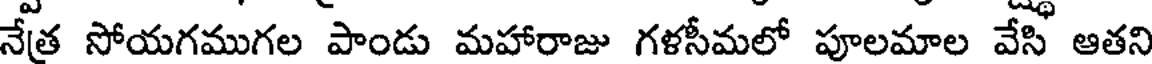
నేత సోయగముగల పాండు మహారాజు గళసీమలో పూలమాల వేసి ఆతని